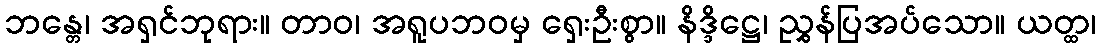
ဘန္တေ၊ အရှင်ဘုရား။ တာဝ၊ အရူပဘဝမှ ရှေးဦးစွာ။ နိဒ္ဒိဋ္ဌေ၊ ညွှန်ပြအပ်သော။ ယတ္ထ၊